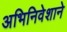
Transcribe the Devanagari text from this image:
अभिनिवेशाने